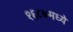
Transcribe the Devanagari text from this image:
१६८७मध्ये